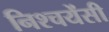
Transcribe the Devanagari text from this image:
निश्चयेंसी